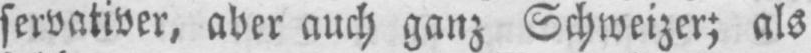
servativer, aber auch ganz Schweizer; als